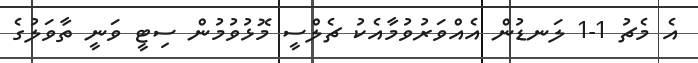
އެ މެޗު 1-1 ލަނޑުން އެއްވަރުވުމާއެކު ޗެލްސީ މޮޅުވުމުން ސިޓީ ވަނީ ތާވަލުގެ